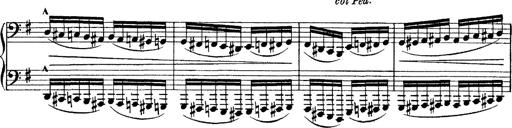
Title: Tarantelle di bravura dâ€™aprÃ¨s la tarantelle de La muette de Portici
Composer: Franz Liszt